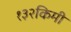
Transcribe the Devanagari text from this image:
१३२किमी